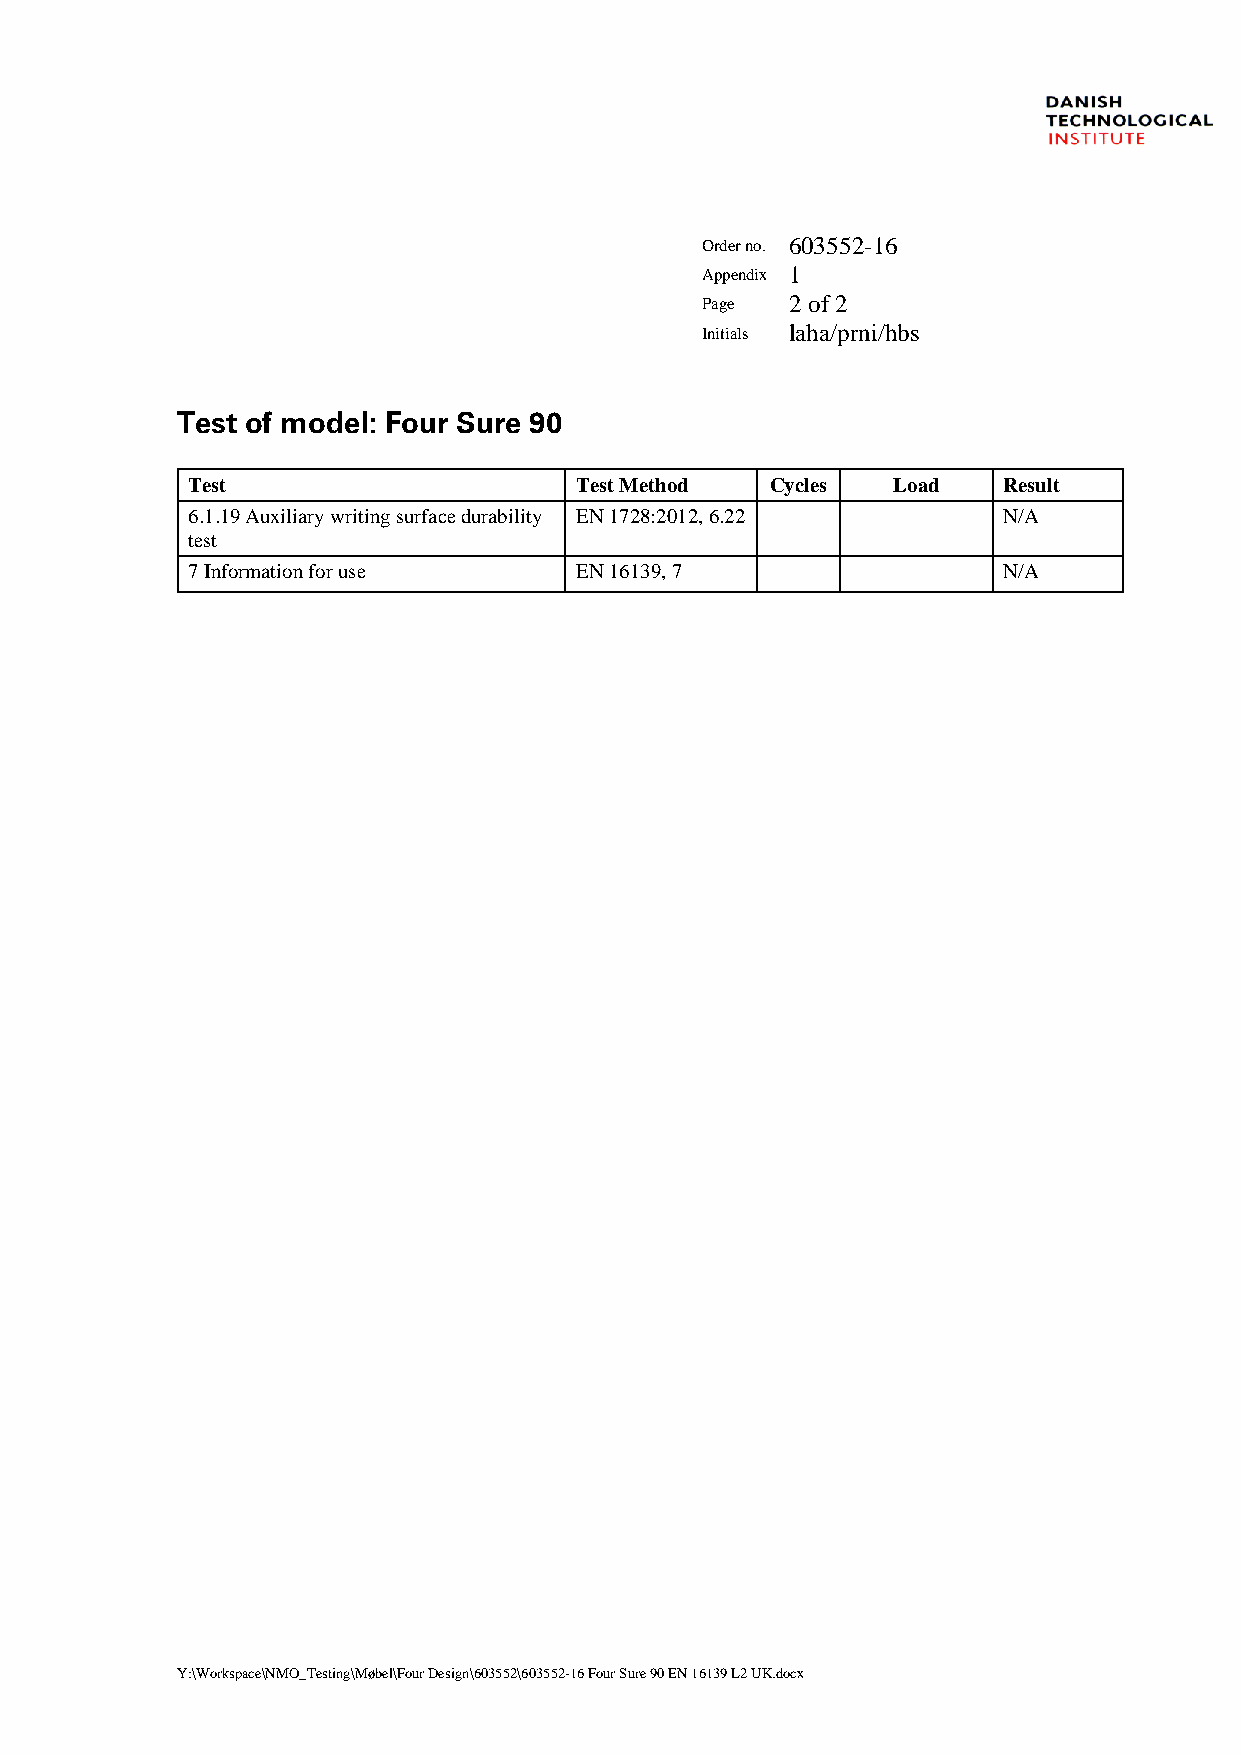
Order no. 603552-16
 Appendix 1
 Page  2 of 2
 Initials laha/prni/hbs
 Test of model: Four Sure 90
 Test                      Test Method  Cycles  Load   Result
 6.1.19 Auxiliary writing surface durability EN 1728:2012, 6.22 N/A
 test
 7 Information for use     EN 16139, 7                 N/A
 Y:\Workspace\NMO_Testing\Møbel\Four Design\603552\603552-16 Four Sure 90 EN 16139 L2 UK.docx